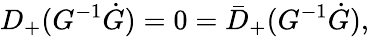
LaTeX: D_{+}(G^{-1}\dot{G})=0=\bar{D}_{+}(G^{-1}\dot{G}),